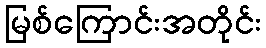
မြစ်ကြောင်းအတိုင်း